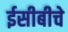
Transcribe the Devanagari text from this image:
ईसीबीचे